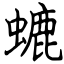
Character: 螰